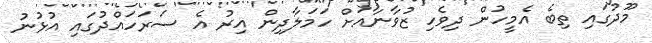
މޫދުގައި ތިބެ އެމީހުން ދިވެހި ޒުވާނާއަށް ހަމަލާދިން އިރު އެ ސަރަހައްދުގައި އުޅުނު